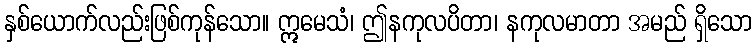
နှစ်ယောက်လည်းဖြစ်ကုန်သော။ ဣမေသံ၊ ဤနကုလပိတာ၊ နကုလမာတာ အမည် ရှိသော